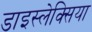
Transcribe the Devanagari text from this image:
डाइस्लेक्सिया